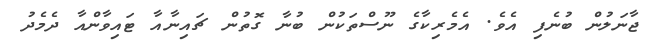
ޖާނަލުން ބުނެފި އެވެ. އެމެރިކާގެ ނޫސްތަކުން ބުނާ ގޮތުން ޗައިނާއާ ޓައިވާންއާ ދެމެދު